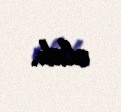
olub.